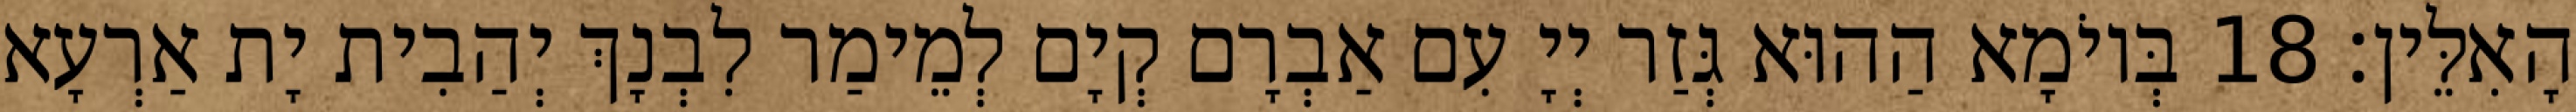
הָאִלֵּין׃ 18 בְּיוֹמָא הַהוּא גְּזַר יְיָ עִם אַבְרָם קְיָם לְמֵימַר לִבְנָךְ יְהַבִית יָת אַרְעָא